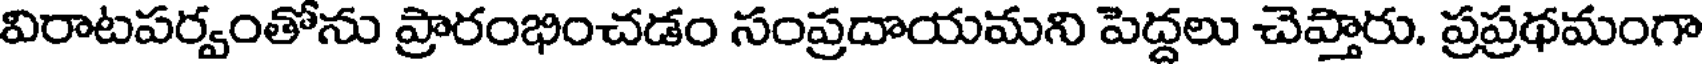
విరాటపర్వంతోను ప్రారంభించడం సంప్రదాయమని పెద్దలు చెప్తారు. ప్రప్రథమంగా